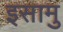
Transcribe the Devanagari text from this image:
इसामु